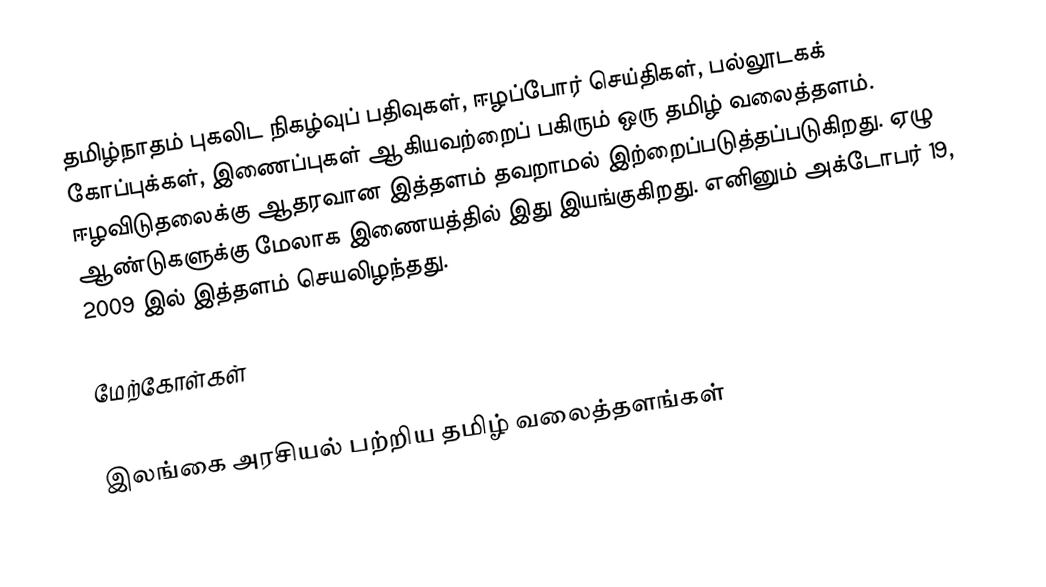
தமிழ்நாதம் புகலிட நிகழ்வுப் பதிவுகள்,  ஈழப்போர் செய்திகள், பல்லூடகக் கோப்புக்கள், இணைப்புகள் ஆகியவற்றைப் பகிரும் ஒரு தமிழ் வலைத்தளம். ஈழவிடுதலைக்கு ஆதரவான இத்தளம் தவறாமல் இற்றைப்படுத்தப்படுகிறது. ஏழு ஆண்டுகளுக்கு மேலாக இணையத்தில் இது இயங்குகிறது.  எனினும் அக்டோபர் 19, 2009 இல் இத்தளம் செயலிழந்தது.

மேற்கோள்கள்

இலங்கை அரசியல் பற்றிய தமிழ் வலைத்தளங்கள்